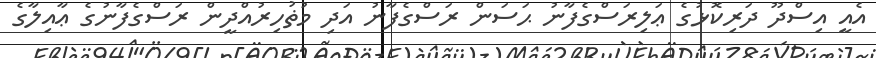
އެއީ އިސްދޫ ދަރިކޮޅުގެ ޢަލިރަސްގެފާނު ޙަސަން ރަސްގެފާނު އަދި މުޡުހިރުއްދީން ރަސްގެފާނުގެ ޢާއިލާގެ